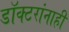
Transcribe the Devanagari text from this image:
डॉक्टरांनाही